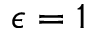
\epsilon = 1